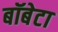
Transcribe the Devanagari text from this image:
बॉबेटा